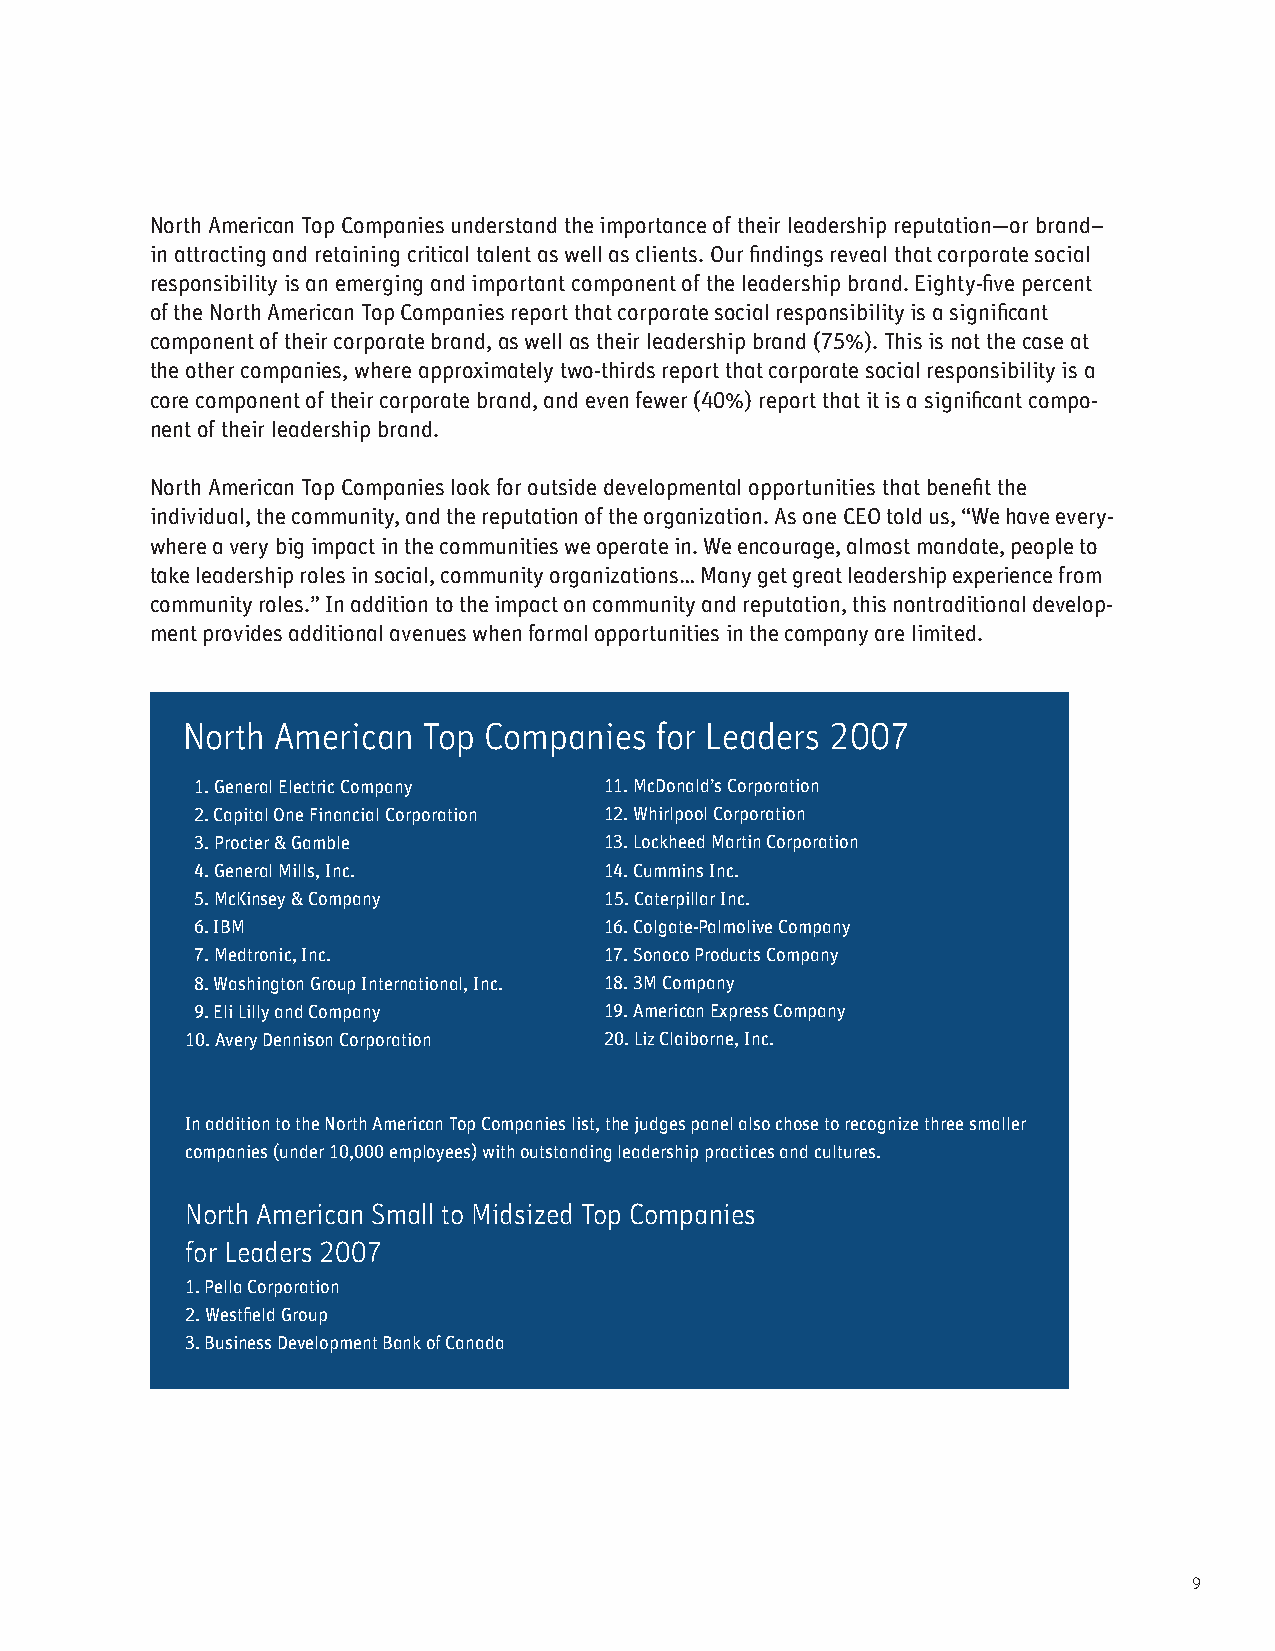
North American Top Companies understand the importance of their leadership reputation—or brand–
 in attracting and retaining critical talent as well as clients. Our  ndings reveal that corporate social
 responsibility is an emerging and important component of the leadership brand. Eighty- ve percent
 of the North American Top Companies report that corporate social responsibility is a signi cant
 component of their corporate brand, as well as their leadership brand (75%). This is not the case at
 the other companies, where approximately two-thirds report that corporate social responsibility is a
 core component of their corporate brand, and even fewer (40%) report that it is a signi cant compo-
 nent of their leadership brand.
 North American Top Companies look for outside developmental opportunities that bene t the
 individual, the community, and the reputation of the organization. As one CEO told us, “We have every-
 where a very big impact in the communities we operate in. We encourage, almost mandate, people to
 take leadership roles in social, community organizations… Many get great leadership experience from
 community roles.” In addition to the impact on community and reputation, this nontraditional develop-
 ment provides additional avenues when formal opportunities in the company are limited.
 North American  Top Companies  for Leaders 2007
 1. General Electric Company 11. McDonald’s Corporation
 2. Capital One Financial Corporation 12. Whirlpool Corporation
 3. Procter & Gamble        13. Lockheed Martin Corporation
 4. General Mills, Inc.     14. Cummins Inc.
 5. McKinsey & Company      15. Caterpillar Inc.
 6. IBM                     16. Colgate-Palmolive Company
 7. Medtronic, Inc.         17. Sonoco Products Company
 8. Washington Group International, Inc. 18. 3M Company
 9. Eli Lilly and Company   19. American Express Company
 10. Avery Dennison Corporation 20. Liz Claiborne, Inc.
 In addition to the North American Top Companies list, the judges panel also chose to recognize three smaller
 companies (under 10,000 employees) with outstanding leadership practices and cultures.
 North American Small to Midsized Top Companies
 for Leaders 2007
 1. Pella Corporation
 2. West eld Group
 3. Business Development Bank of Canada
 9